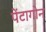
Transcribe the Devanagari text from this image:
पेंटागोन